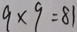
9 \times 9 = 8 1